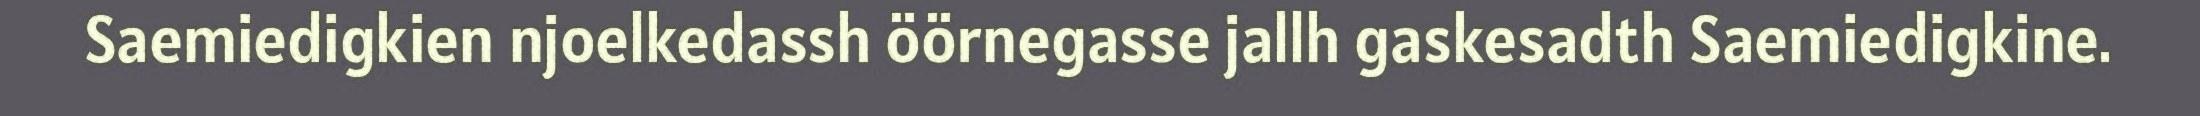
Saemiedigkien njoelkedassh öörnegasse jallh gaskesadth Saemiedigkine.